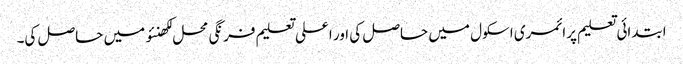
ابتدائی تعلیم پرائمری اسکول میں حاصل کی اور اعلی تعلیم فرنگی محل لکھنئو میں حاصل کی۔